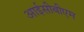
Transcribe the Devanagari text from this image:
आईसीबीएम